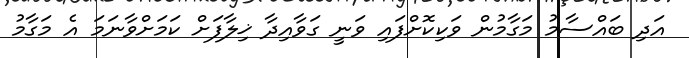
އަދި ބައްސާމު މަގާމުން ވަކިކޮށްފައި ވަނީ ގަވާއިދާ ޚިލާފަށް ކަމަށްވާނަމަ އެ މަގާމު